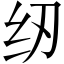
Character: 纫